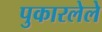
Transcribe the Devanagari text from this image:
पुकारलेले